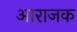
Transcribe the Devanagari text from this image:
आराजक